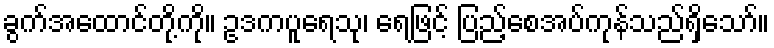
ခွက်အထောင်တို့ကို။ ဥဒကပူရေသု၊ ရေဖြင့် ပြည့်စေအပ်ကုန်သည်ရှိသော်။